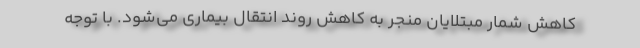
کاهش شمار مبتلایان منجر به کاهش روند انتقال بیماری می‌شود. با توجه